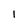
Character: l